Leaving Certificate Examination (including Day School Certificate (Higher) General paper), 1935
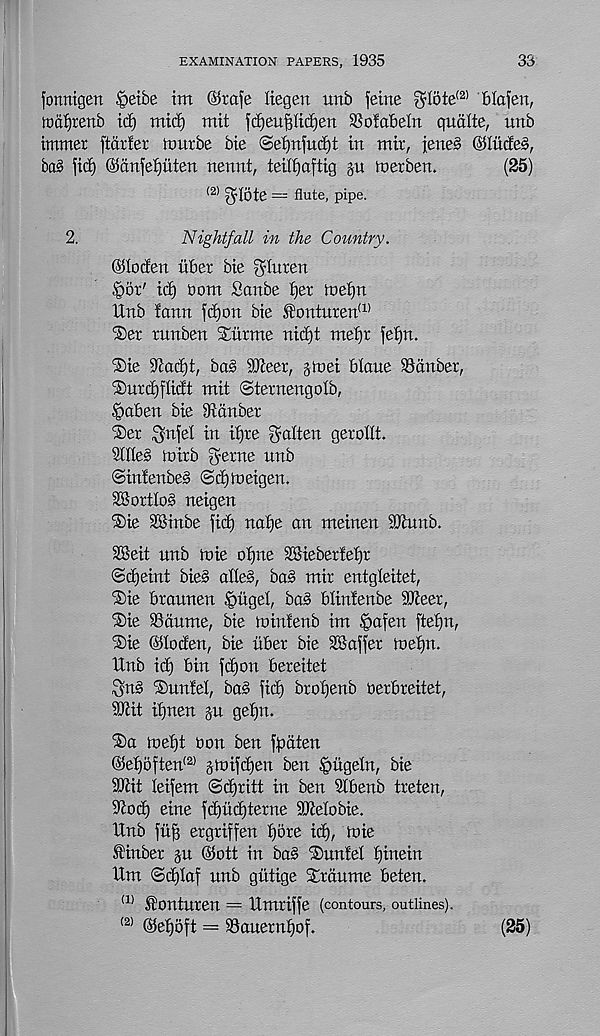
EXAMINATION PAPERS, 1935
33
fonntgen •'petbe im @tofe Hegen unb feme $Iote (2) blofen,
md^rertb id) mid) mit fdjeuffltdjert SSofabeln qualte, unb
immer ftdrfer tout be bie ©elfnfudd in mir, fene§ @Iude§,
ba§ fid) @anfel)itten nennt, teilfiaftig ju merben.
(25)
(2) gi|5te — flute, pipe.
2.
Nightfall in the Country.
©loden itber bie gluten
^or' id) bom Sonbe tier ioe^n
Unb iann fdjon bie £'onturen (1)
‘Set runben Surme nidjt mefjr fefjn.
Die 3taci)t, ba§ StJieer, gtoei blane SSdnber,
Durd)flidt mit ©ternengolb,
§aben bie 9ambet
Der ^nfel in itjre fatten gerottt.
2tHe§ inirb gerne nnb
©intenbes ©d)toeigen.
SSortlos neigen
Die 2Binbe fid) nafje an meinen SDUmb.
SSeit nnb tnie of)ne SKiebertefjr
©djeint bie§ alleS, ba§ mir entgleitet,
Die btaunen .^itgel, ba§ blintenbe 9Keer,
Die SSdume, bie toinfenb im £>afen ftet)n,
Die ©toden, bie ilbet bie Staffer ioetm.
Unb id) bin fdjon bereitet
Dnntel, ba§ fid) brofjenb oerbreitet,
9Ktt itjnen p gef)n.
Da inet)t bon ben ff)dten
©et)5ften (2) jmifdjen ben ^iigeln, bie
SWit leifem ©d)ritt in ben SCbenb treten,
9iod) eine fd)iid)terne SOtelobie.
Unb fiig ergriffen t)5re id), toie
finber p ©ott in ba§ Dnnfel tjinein
Urn ©d)taf nnb giitige Drdnme beten.
(1) fonturen = Umriffe (contours, outlines).
(2) ©e^oft = 9Sanernf)of.
(25)